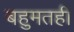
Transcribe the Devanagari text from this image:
बहुमतही